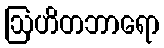
ဩဟိတဘာရော